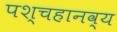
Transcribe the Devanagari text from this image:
पश्चहानव्य